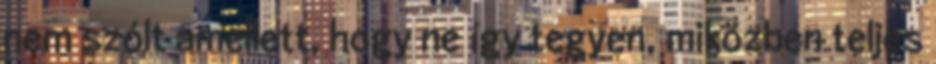
nem szólt amellett, hogy ne így tegyen, miközben teljes